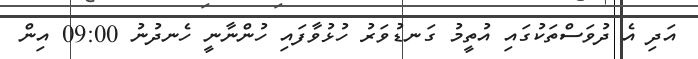
އަދި އެ ދުވަސްތަކުގައި އުތީމު ގަނޑުވަރު ހުޅުވާފައި ހުންނާނީ ހެނދުނު 09:00 އިން